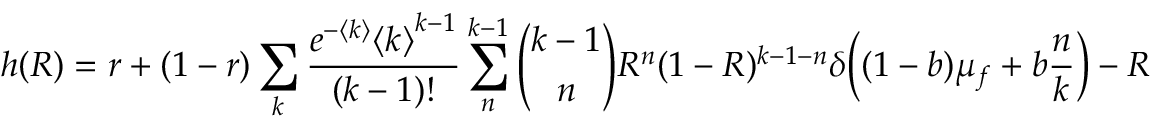
h ( R ) = r + ( 1 - r ) \sum _ { k } \frac { e ^ { - \langle k \rangle } { \langle k \rangle } ^ { k - 1 } } { ( k - 1 ) ! } \sum _ { n } ^ { k - 1 } \binom { k - 1 } { n } R ^ { n } ( 1 - R ) ^ { k - 1 - n } \delta \Big ( ( 1 - b ) \mu _ { f } + b \frac { n } { k } \Big ) - R